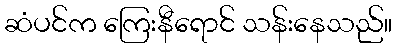
ဆံပင်က ကြေးနီရောင် သန်းနေသည်။